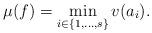
LaTeX: \begin{align*}\mu(f)=\min\limits_{i\in\{1,\dots,s\}}v(a_i).\end{align*}